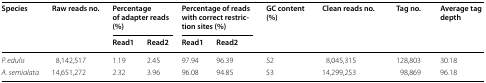
| <ROWSPAN=2> Species | <ROWSPAN=2> Raw reads no. | <COLSPAN=2> Percentage of adapter reads (%) | <COLSPAN=2> Percentage of reads with correct restriction sites (%) | <ROWSPAN=2> GC content (%) | <ROWSPAN=2> Clean reads no. | <ROWSPAN=2> Tag no. | <ROWSPAN=2> Average tag depth |
 | Read1 | Read2 | Read1 | Read2 |
 | --- | --- | --- | --- | --- | --- | --- | --- | --- | --- |
 | P. edulis | 8,142,517 | 1.19 | 2.45 | 97.94 | 96.39 | 52 | 8,045,315 | 128,803 | 30.18 |
 | A. semialata | 14,651,272 | 2.32 | 3.96 | 96.08 | 94.85 | 53 | 14,299,253 | 98,869 | 96.18 |